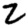
Digit: 2